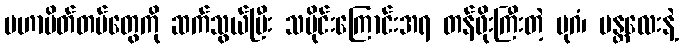
မဟာမိတ်တပ်တွေကို ဆက်သွယ်ပြီး သမိုင်းကြောင်းအရ တန်ဖိုးကြီးတဲ့ ပုဂံ၊ မန္တလေးနဲ့